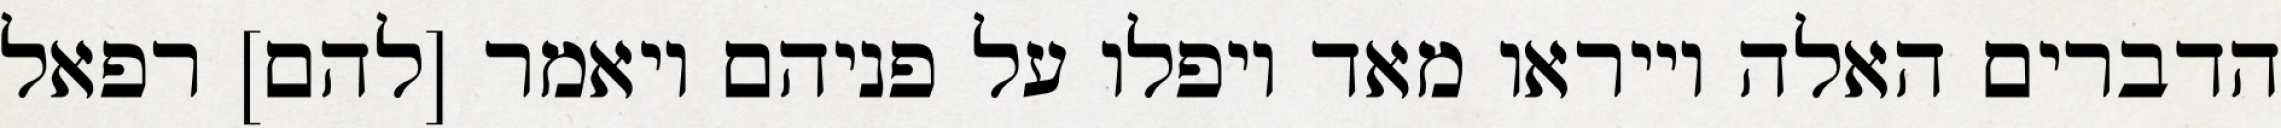
הדברים האלה וייראו מאד ויפלו על פניהם ויאמר [להם] רפאל